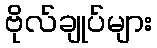
ဗိုလ်ချုပ်များ